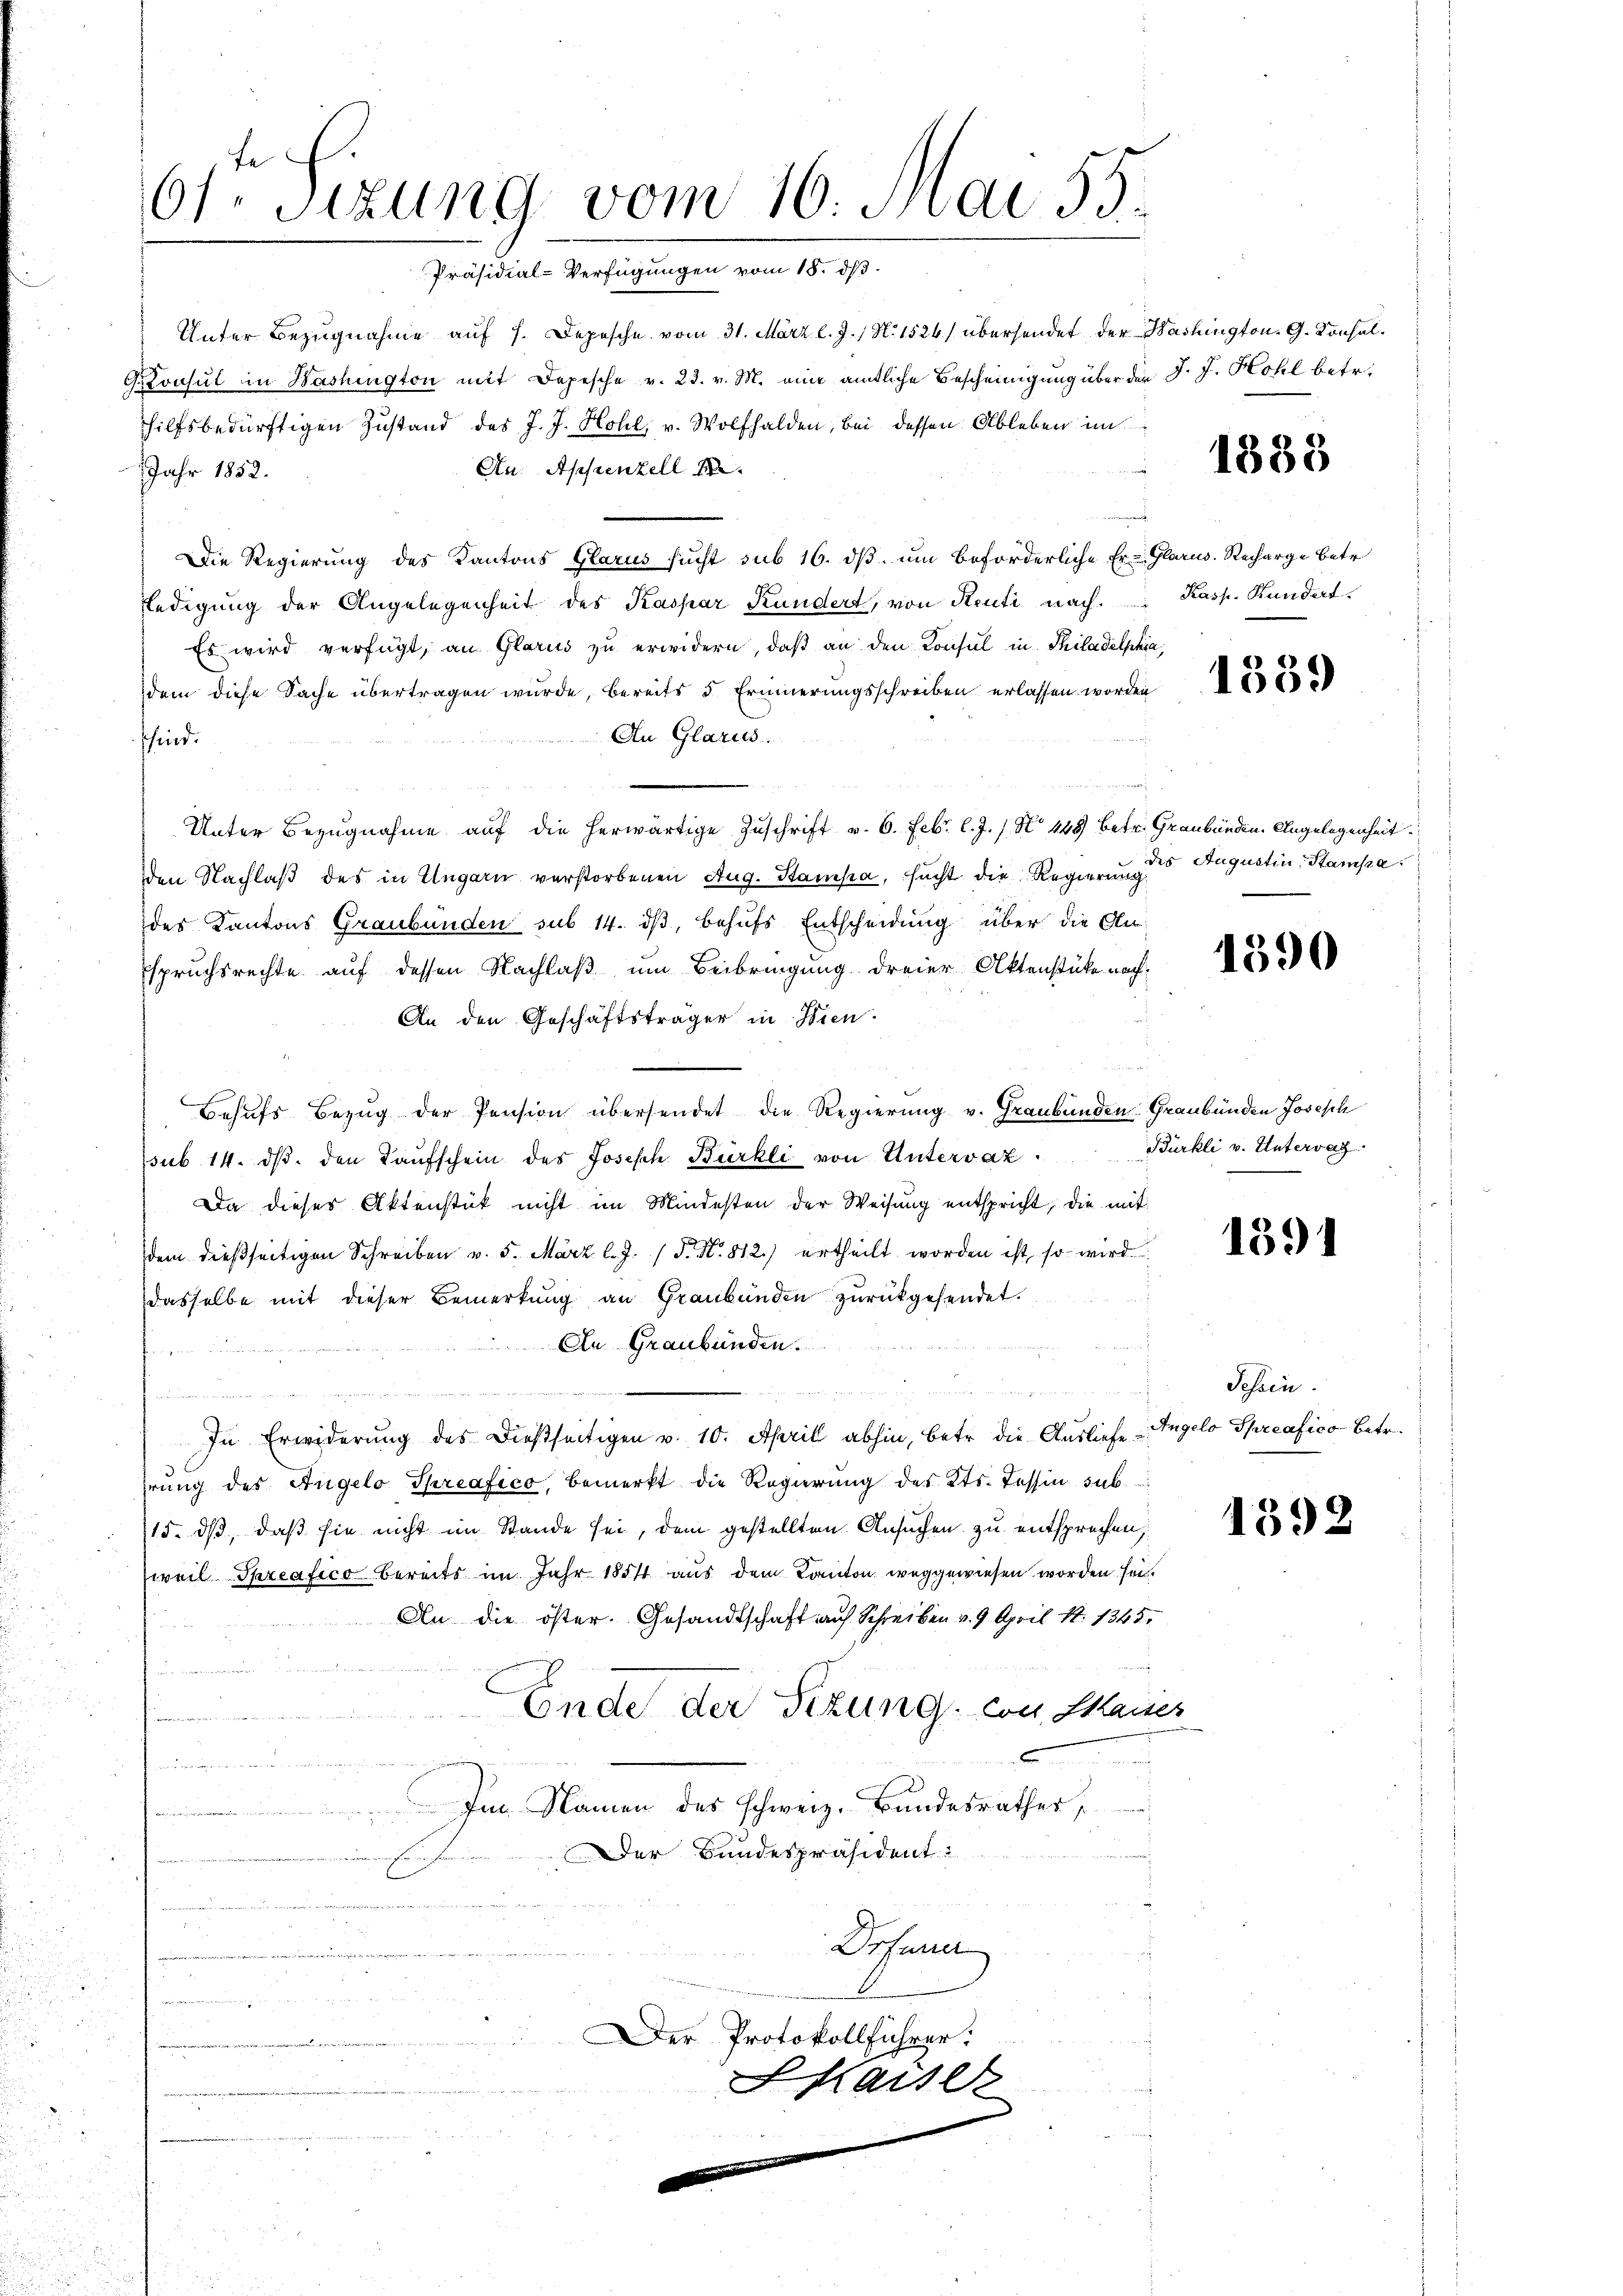
u

u

Unter Bezugnahme auf 1. Depesche vom 31. März l. J. / N. 1524/ übersendet der Washington. G. Konsul¬
G.Konsul in Washington mit Depesche v. 23. v. M. eine amtliche Bescheinigung über den J. J. Kohl betr.
hilfsbedürftigen Zustand des J. J. Hohl, v. Wolfhalden, bei dessen Ableben im
An. Appenzell A.
Jahr 1852.
Die Regierung des Kantons Glarus sucht sub 16. dβ, um beförderliche Er- Glarus. Recharge betr.
ledigung der Angelegenheit des Kaspar Kundert, von Renti nach. Kasp. Kundert.
Es wird verfügt, an Glarus zu erwidern, daß an den Konsul in Philadelphia
dem diese Sache übertragen wurde, bereits 5 Erinnerungsschreiben erlassen worden
An Glarus.
schend.
Unter Bezugnahme auf die herwärtige Zuschrift v. 6. Febr. l. J. / N. 448 betr. Graubünden Angelegenheit
en Nachlaβ des in Ungarn verstorbenen Aug. Stampa, sucht die Regierŭng
des Kantons Graubünden sub 14. dβ, behufs Entscheidung über die An¬
Espruchsrechte auf dessen Nachlaß um Beibringung dreier Aktenstücke nach¬
An den Geschäftsträger in Wien.
Behufs Bezug der Pension übersendet die Regierung v. Graubünden Graubünden Joseph
sub 14. dβ den Kaŭfschein des Joseph Bürkli von Untervaz
Da dieser Aktenstück nicht im Mindesten der Weisung entspricht, die mit
dem dießseitigen Schreiben v. 5. März l. J. F. N. 812.) ertheilt worden ist, so wird
dasselbe mit dieser Bemerkung an Graubünden zurückgesendet.
An Graubünden.
 der
e
n
 sr ge
In Erwiderung des dießseitigen v. 10. April abhin, betr. die Ausliefe Angelo Spreafico Betr.
hrung des Angelo Spreafico, bemerkt die Regierung des Kts. Tessin sub
15. ds, daß sie nicht im Stande sei, dem gestellten Ansuchen zu entsprechen,
weil Spreafico bereits im Jahr 1851 aus dem Kanton weggewiesen worden sei.
An die öster. Gesandtschaft auf Schreiben v. 9. April N. 1345.
Ende der Sitzung, von Manes
x
n
Im Namen des Schweiz. Bundesrathes,
e
Der Bundespräsident:
e
Drfener
.
a
Der Protokollführer:
n
Shaiser
u
en

6ter Sitzung vom 16. Mai 55.
Präsidial-Verfügungen vom 18. ds.

1888

1339

des Augustin Stampa

1590

Bürkli v. Untervaz

1391

Tessin.

1592